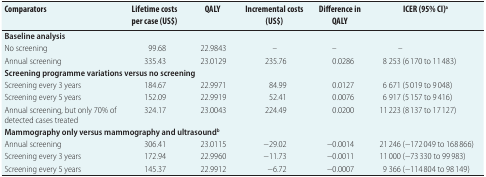
<table><thead><tr><td><b>Comparators</b></td><td><b>Lifetime costs per case (US$)</b></td><td><b>QALY</b></td><td><b>Incremental costs (US$)</b></td><td><b>Difference in QALY</b></td><td><b>ICER (95% CI)<sup>a</sup></b></td></tr></thead><tbody><tr><td><b>Baseline analysis</b></td><td></td><td></td><td></td><td></td><td></td></tr><tr><td>No screening</td><td>99.68</td><td>22.9843</td><td>–</td><td>–</td><td>–</td></tr><tr><td>Annual screening</td><td>335.43</td><td>23.0129</td><td>235.76</td><td>0.0286</td><td>8 253 (6 170 to 11 483)</td></tr><tr><td colspan="6"><b>Screening programme variations versus no screening</b></td></tr><tr><td>Screening every 3 years</td><td>184.67</td><td>22.9971</td><td>84.99</td><td>0.0127</td><td>6 671 (5 019 to 9 048)</td></tr><tr><td>Screening every 5 years</td><td>152.09</td><td>22.9919</td><td>52.41</td><td>0.0076</td><td>6 917 (5 157 to 9 416)</td></tr><tr><td>Annual screening, but only 70% of detected cases treated</td><td>324.17</td><td>23.0043</td><td>224.49</td><td>0.0200</td><td>11 223 (8 137 to 17 127)</td></tr><tr><td colspan="6"><b>Mammography only versus mammography and ultrasound<sup>b</sup></b></td></tr><tr><td>Annual screening</td><td>306.41</td><td>23.0115</td><td>−29.02</td><td>−0.0014</td><td>21 246 (−172 049 to 168 866)</td></tr><tr><td>Screening every 3 years</td><td>172.94</td><td>22.9960</td><td>−11.73</td><td>−0.0011</td><td>11 000 (−73 330 to 99 983)</td></tr><tr><td>Screening every 5 years</td><td>145.37</td><td>22.9912</td><td>−6.72</td><td>−0.0007</td><td>9 366 (−114 804 to 98 149)</td></tr></tbody></table>